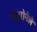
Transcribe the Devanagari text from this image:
गोगोनेले